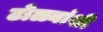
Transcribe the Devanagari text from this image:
टोळ्यांशी